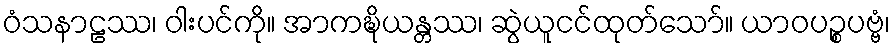
ဝံသနာဠဿ၊ ဝါးပင်ကို။ အာကဍ္ဎိယန္တဿ၊ ဆွဲယူငင်ထုတ်သော်။ ယာဝပဉ္စပဗ္ဗံ၊